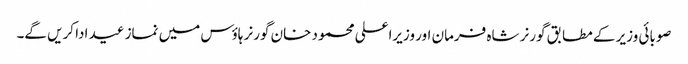
صوبائی وزیر کے مطابق گورنر شاہ فرمان اور وزیراعلی محمود خان گورنر ہاؤس میں نماز عید ادا کریں گے۔